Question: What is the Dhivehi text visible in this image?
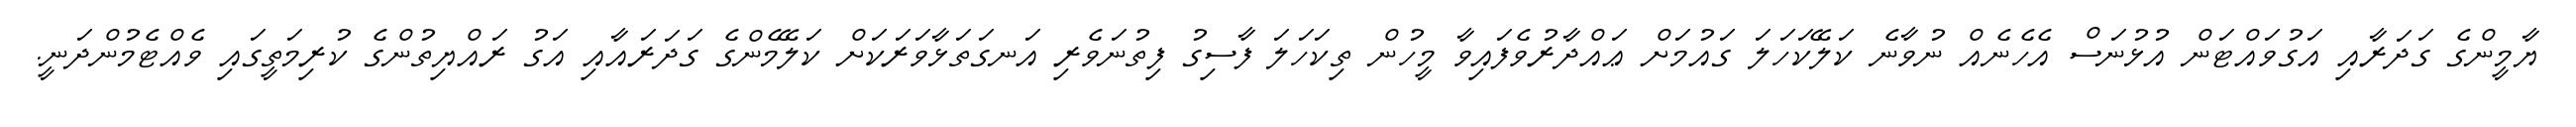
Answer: ޔާމީންގެ ގަދަރާއި އަގުވައްޓަން އުޅުނަސް އެހެނެއް ނުވާނެ ކަލޭކަހަލަ ގައުމަށް ޢައްދާރުވެފައިވާ މީހުން ތިކަހަލަ ފާސިގު ފިތުނަވެރި އަނގަތަޅާވަރަކަށް ކަލޭމެންގެ ގަދަރައާއި އަގު ރައްޔިތުންގެ ކުރިމަތީގައި ވެއްޓެމުންދަނީ.